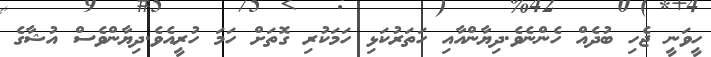
ހީވަނީ ޖެހި ބުދެއް ހެންނެވެ.ދިޔާންއާއި ހަތަރުކަޅި ހަމަކުރި ގޮތަށް ހަމަ ހުރީއެވެ.ދިޔާންވެސް އުޝާގެ